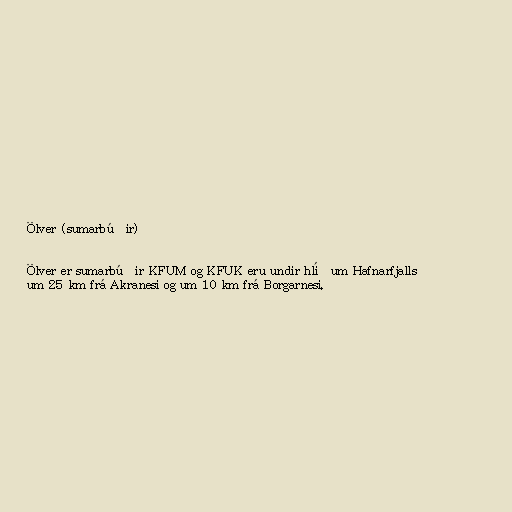
Ölver (sumarbúðir)

Ölver er sumarbúðir KFUM og KFUK eru undir hlíðum Hafnarfjalls
um 25 km frá Akranesi og um 10 km frá Borgarnesi.